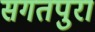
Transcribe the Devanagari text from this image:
सगतपुरा